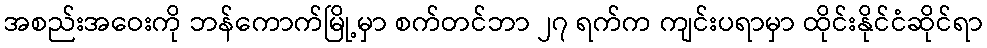
အစည်းအဝေးကို ဘန်ကောက်မြို့မှာ စက်တင်ဘာ ၂၇ ရက်က ကျင်းပရာမှာ ထိုင်းနိုင်ငံဆိုင်ရာ